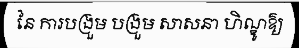
នៃ ការបង្រួម បង្រួម សាសនា ហិណ្ឌូឱ្យ